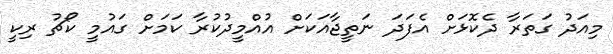
މިއަދު ގަތަރާ ދެކޮޅަށް އެފަދަ ނަތީޖާއަކަށް އުއްމީދުކުރާ ކަމަށް ގައުމީ ކޯޗު ރިކީ